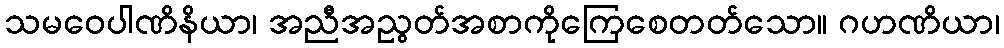
သမဝေပါဏိနိယာ၊ အညီအညွတ်အစာကိုကြေစေတတ်သော။ ဂဟဏိယာ၊